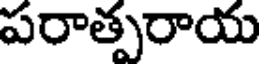
పరాత్పరాయ